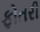
ફોતરી